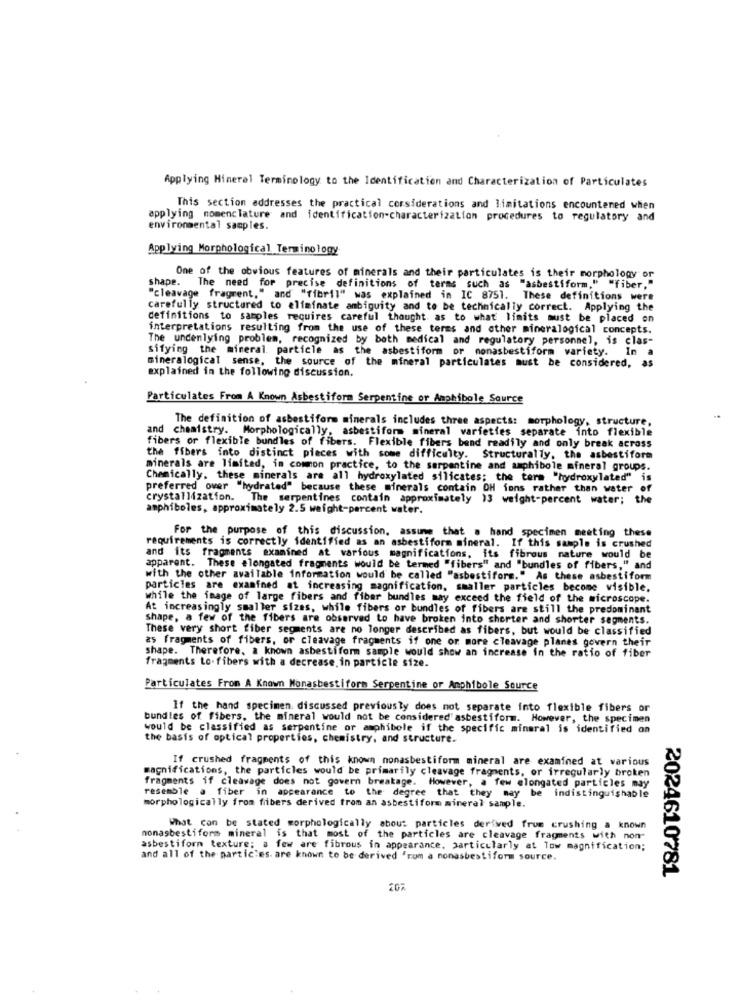
Applying Mineral Terminology to the Identification and Characterization of Particulates
This section addresses the practical corsiderations and limitations encountered when
applying nomenclature and identification-characterization procedures to regulatory and
environmental samples.
Applying Morphological Terminology
One of the obvious features of minerals and their particulates is their morphology or
shape. The need for precise definitions of terms such as "asbestiform," "fiber."
"cleavage fragrent," and "fibril" was explained in IC 8751. These definitions were
carefully structured to eliminate ambiguity and to be technically correct. Applying the
definitions to samples requires careful thought. as to what limits must be placed on
interpretations resulting from the use of these terms and other mineralogical concepts.
The undenlying problem, recognized by both medical and regulatory personnel, is clas-
Sifying the mineral. particle as the asbestiform or monasbestiform variety.
mineralogical sense, the source of the mineral particulates must be considered, as
In a
explained in the following discussion.
Particulates From A Known Asbestiform Serpentine or Amphibole Source
The definition of asbestiform minerals includes three aspects: morphology, structure,
and chemistry. Morphologically, asbestifor mineral varieties separate into flexible
fibers or flexible bundles of fibers. Flexible fibers band readily and only break across
the fibers into distinct pieces with some difficulty. Structurally, the asbestiform
minerals are limited, in common practice, to the serpentine and amphibole mineral groups.
Chemically, these minerals are all hydroxylated silicates; the term "hydroxylated" is
preferred over "hydrated" because these minerals contain OH ions rather than water of
crystallization. The serpentines contain approximately 13 weight-percent water; the
amphiboles, approximately 2.5 weight-percent water.
For the purpose of this discussion, assume that . hand specimen meeting these
requirements is correctly identified as an asbestiform mineral. If this sample is crushed
and its fragments examined at various magnifications, its fibrous nature would be
apparent. These elongated fragments would be termed "fibers" and "bundles of fibers," and
with the other available information would be called "asbestiform." As these asbestiform
particles are examined at increasing magnification, smaller particles become visible.
while the image of large fibers and fibar bundles may exceed the field of the microscope.
At increasingly smaller sizes, while fibers or bundles of fibers are still the predominant
shape, a few of the fibers are observed to have broken into shorter and shorter segments.
These very short fiber segments are no longer described as fibers, but would be classified
as fragments of fibers, or cleavage fragments if one or more cleavage planes govern their
shape. Therefore, a known asbestiform sample would show an increase in the ratio of fiber
fragments Lo. fibers with a decrease. in particle size.
Particulates From A Known Monasbestiform Serpentine or Amphibole Source
If the hand specimen discussed previously does not separate into flexible fibers or
bundles of fibers, the mineral would not be considered asbestiform. However, the specimen
would be classified as serpentine or amphibole if the specific mineral is identified on
the basis of optical properties, chemistry, and structure.
If crushed fragments of this known monasbestiform mineral are examined at various
magnifications, the particles would be primarily cleavage fragments, or irregularly broken
fragments if cleavage does not govern breakage. However, a few elongated particles may
resemble a fiber in appearance to the degree that they may be
indist inguishable
morphologically from fibers derived from an asbestiform mineral sample.
What can be stated morphologically about particles derived from crushing a known
nonasbestiform mineral is that most of the particles are cleavage fragments with non-
asbestiform texture; a few are fibrous in appearance, particularly at low magnification;
and all of the particles. are known to be derived from a nonasbestiform source.
2024610781